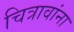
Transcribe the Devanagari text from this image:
चित्रावांना